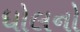
ધોલનો